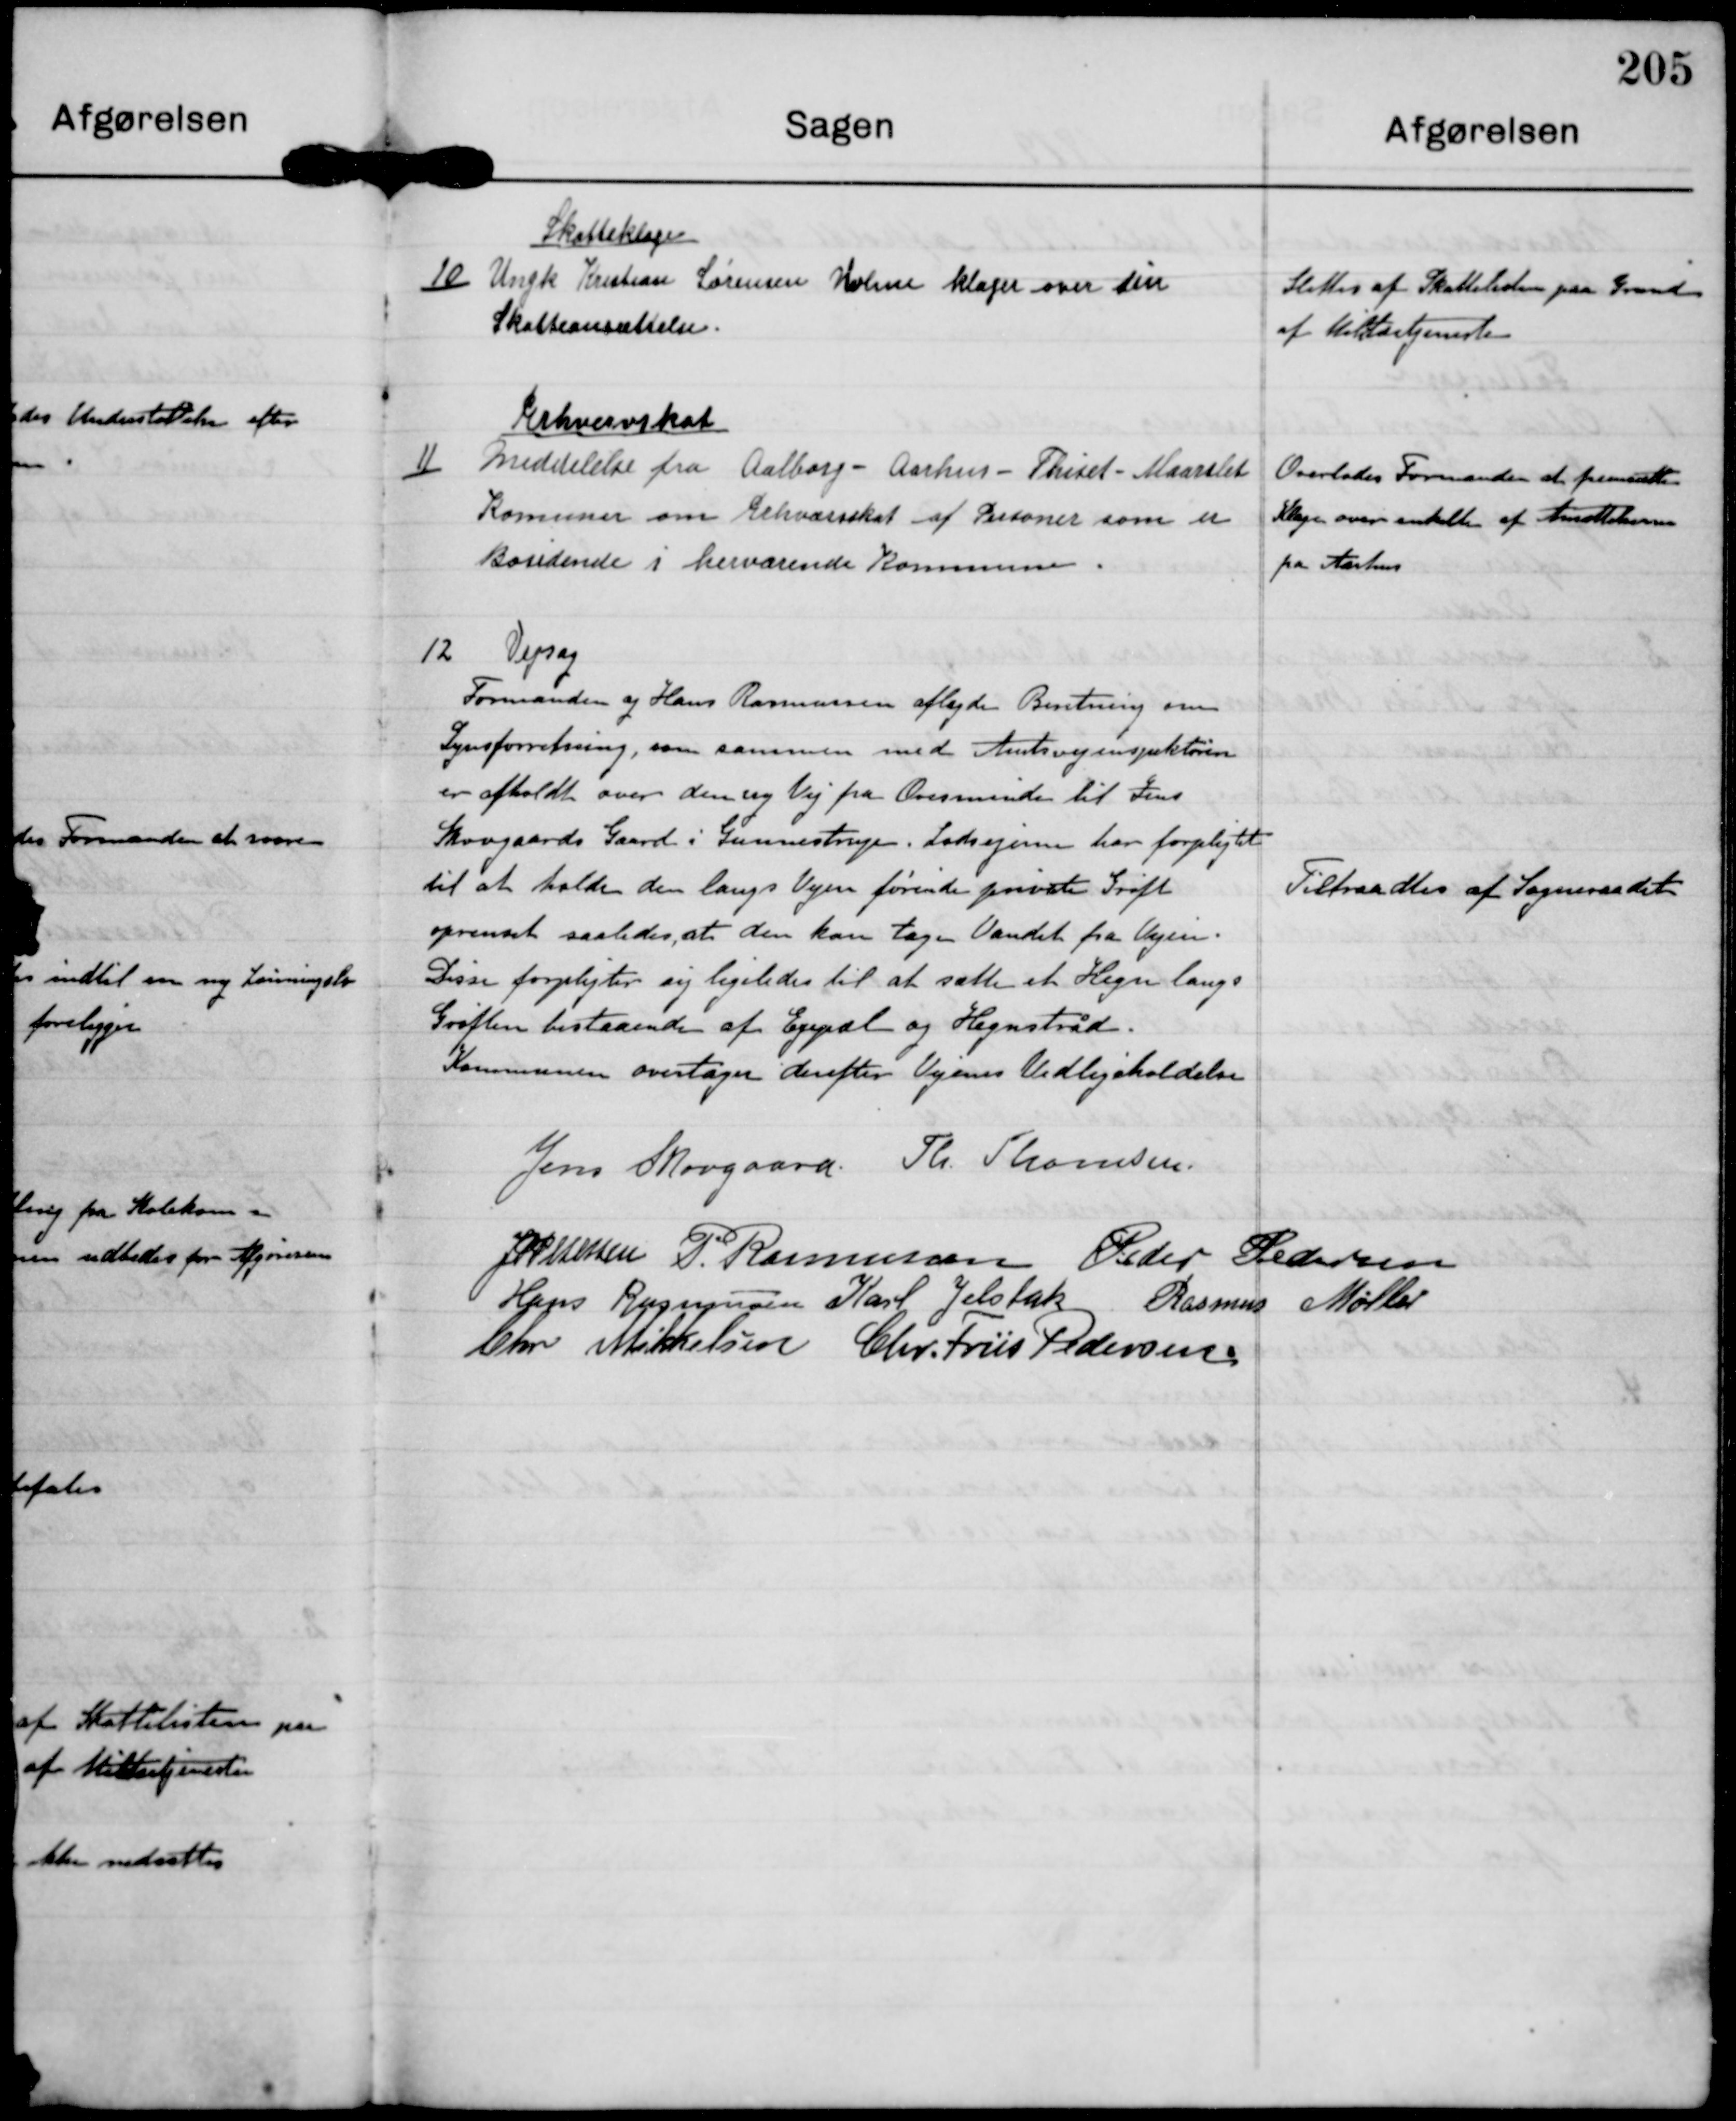
Transskription:
10

Skatteklager
Ungk Kristian Sørensen Holme klager over sin
Skatteansættelse

Slettes af Skattelisten paa Grund
af Militærtjeneste

11

Erhvervskat
Meddelelse fra Aalborg-Aarhus-Thiset-Maarslet
Kommuner om Erhvervsskat af Personer som er
Bosidende i herværende Kommune

Overlades Formanden at fremsætte
Klager over enkelte af Ansættelserne
fra Aarhus

12

Vejsag
Formanden og Hans Rasmussen aflagde Beretning om
Synsforretning, som sammen med Amtsvejinspektøren
er afholdt over den ny Vej fra Ovesminde til Jens
Skovgaards Gaard i Gunnestrup. Lodsejerne har forpligtet
til at holde den langs Vejen førende private Grøft
oprenset saaledes, at den kan tage Vandet fra Vejen
Disse forpligter sig ligeledes til at sætte et Hegn langs
Grøften bestaaende af Egepæl og Hegnstråd.
Kommunen overtager derefter Vejens Vedligeholdelse.

Tiltraadtes af Sogneraadet

Jens Skovgaard

Th. Thomsen

J P Pedersen

P. Rasmussen

Peder Pedersen

Hans Rasmussen

Karl Jelsbak

Rasmus Møller

Chr. Mikkelsen

Chr. Friis Pedersen